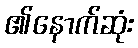
၏နောက်ဆုံး